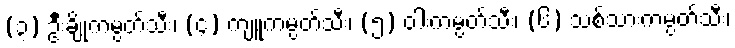
(၃) ဦးချိုကမ္ပတ်သီး၊ (၄) ကျူကမ္ပတ်သီး၊ (၅) ဝါးကမ္ပတ်သီး၊ (၆) သစ်သားကမ္ပတ်သီး၊